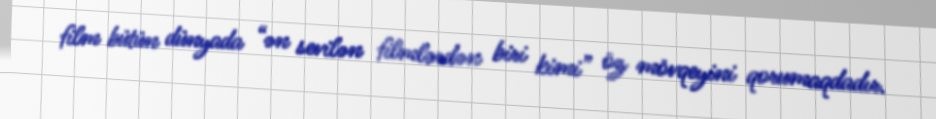
film bütün dünyada “ən sevilən filmlərdən biri kimi” öz mövqeyini qorumaqdadır.